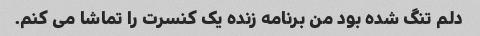
دلم تنگ شده بود من برنامه زنده یک کنسرت را تماشا می کنم.